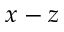
x - z